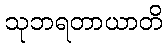
သုဘရတာယာတိ